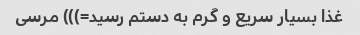
غذا بسیار سریع و گرم به دستم رسید=))) مرسى